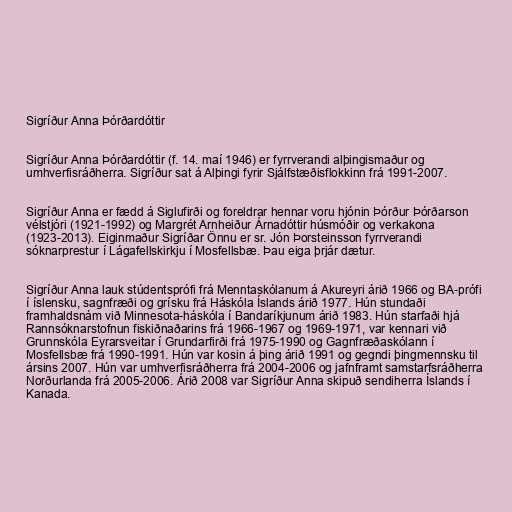
Sigríður Anna Þórðardóttir

Sigríður Anna Þórðardóttir (f. 14. maí 1946) er fyrrverandi alþingismaður og
umhverfisráðherra. Sigríður sat á Alþingi fyrir Sjálfstæðisflokkinn frá 1991-2007.

Sigríður Anna er fædd á Siglufirði og foreldrar hennar voru hjónin Þórður Þórðarson
vélstjóri (1921-1992) og Margrét Arnheiður Árnadóttir húsmóðir og verkakona
(1923-2013). Eiginmaður Sigríðar Önnu er sr. Jón Þorsteinsson fyrrverandi
sóknarprestur í Lágafellskirkju í Mosfellsbæ. Þau eiga þrjár dætur.

Sigríður Anna lauk stúdentsprófi frá Menntaskólanum á Akureyri árið 1966 og BA-prófi
í íslensku, sagnfræði og grísku frá Háskóla Íslands árið 1977. Hún stundaði
framhaldsnám við Minnesota-háskóla í Bandaríkjunum árið 1983. Hún starfaði hjá
Rannsóknarstofnun fiskiðnaðarins frá 1966-1967 og 1969-1971, var kennari við
Grunnskóla Eyrarsveitar í Grundarfirði frá 1975-1990 og Gagnfræðaskólann í
Mosfellsbæ frá 1990-1991. Hún var kosin á þing árið 1991 og gegndi þingmennsku til
ársins 2007. Hún var umhverfisráðherra frá 2004-2006 og jafnframt samstarfsráðherra
Norðurlanda frá 2005-2006. Árið 2008 var Sigríður Anna skipuð sendiherra Íslands í
Kanada.